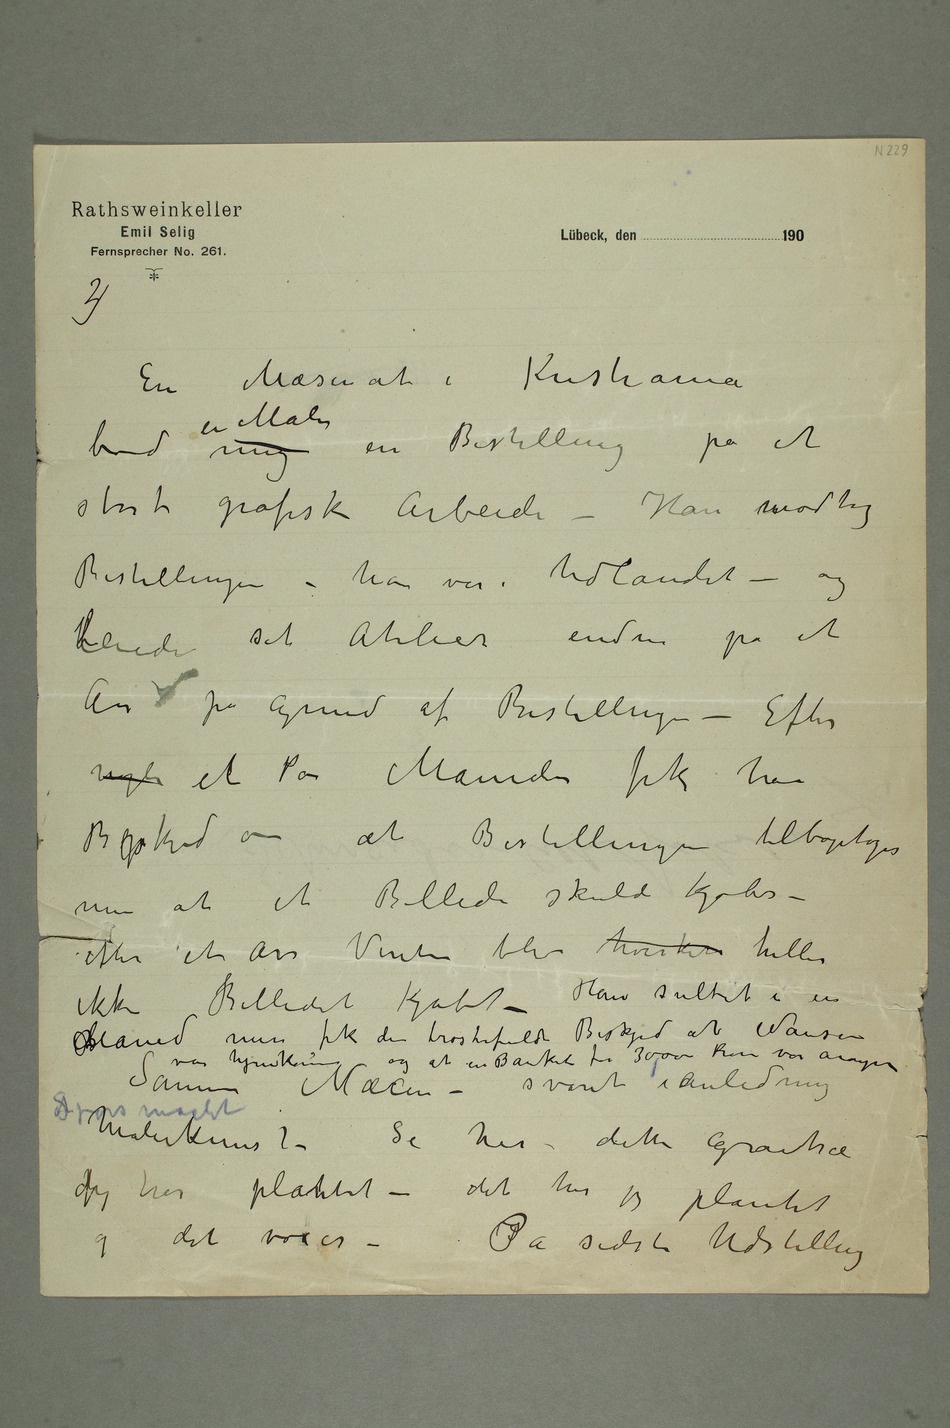
En Mæsenat i Kristiania
bad mig en Maler en Bestilling på et
stort grafisk Arbeide – Han modtog
Bestillingen – han var i Udlandet – og
leide sit Atelier endnu på et
År på grund af Bestillingen – Efter
nogle et Par Måneder fik han
Beskjed om at Bestillingen tilbagetages
men at et Billede skulde kjøbes –
efter et Års Venten blev hverken heller
ikke Billedet kjøbt – Han sultet i en
Måned men fik den trøstefulde Beskjed at Nansen
var hjemkommen og at en Banket for 3000 kroner var arangeret
Samme Mæsen – svarede i Anledning
djeg har plantet – det har jeg plantet
og det voxer –